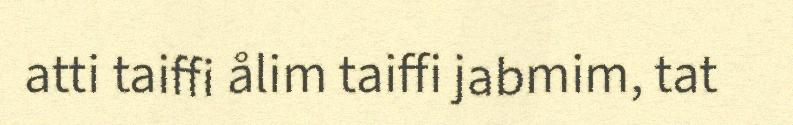
atti taiffi ålim taiffi jabmim, tat